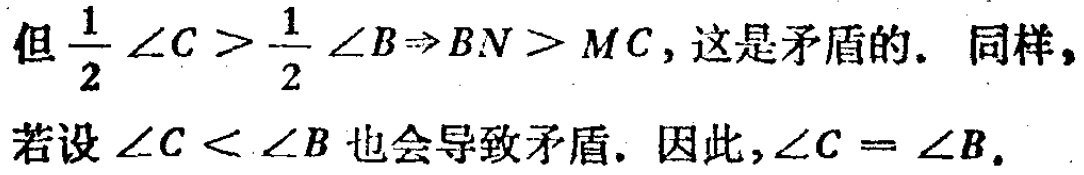
但$\frac{1}{2}\angle C > \frac{1}{2}\angle B\Rightarrow BN > MC$，这是矛盾的. 同样，若设$\angle C < \angle B$也会导致矛盾. 因此，$\angle C = \angle B$.